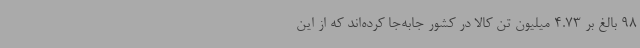
98 بالغ بر 4.73 میلیون تن کالا در کشور جابه‌جا کرده‌اند که از این